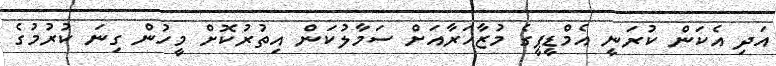
އަދި އެކަން ކުރަނީ އެމްޑީޕީގެ މުޒާހަރާއަށް ސަމާލުކަން އިތުރުކޮށް މީހުން ގިނަ ކުރުމުގެ